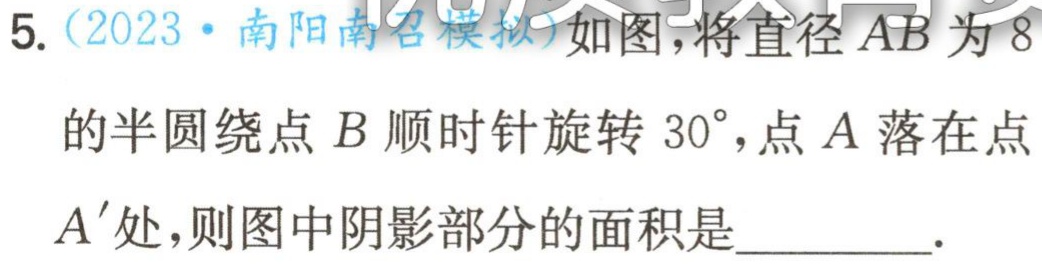
5.（2023·南阳南召模拟）如图，将直径\(AB\)为\(8\)的半圆绕点\(B\)顺时针旋转\(30^{\circ}\)，点\(A\)落在点\(A'\)处，则图中阴影部分的面积是  ．